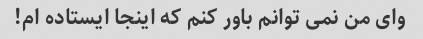
وای من نمی توانم باور کنم که اینجا ایستاده ام!